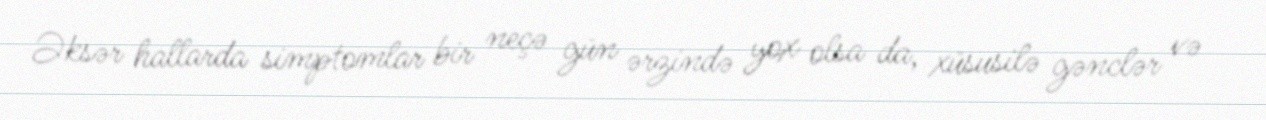
Əksər hallarda simptomlar bir neçə gün ərzində yox olsa da, xüsusilə gənclər və